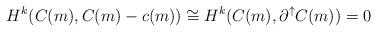
LaTeX: \begin{align*} H^k( C(m), C(m)-c(m)) \cong H^k( C(m), \partial^\uparrow C(m) )=0 \end{align*}